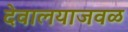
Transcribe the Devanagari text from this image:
देवालयाजवळ